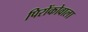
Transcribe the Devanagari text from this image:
पिरोंकोवाला